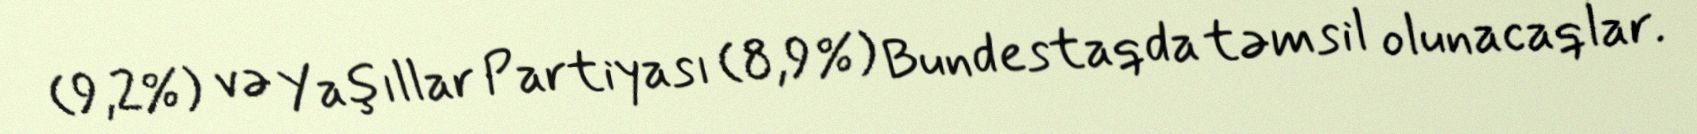
(9,2%) və Yaşıllar Partiyası (8,9%) Bundestaqda təmsil olunacaqlar.